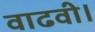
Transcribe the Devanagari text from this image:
वाढवी।